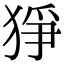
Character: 猙